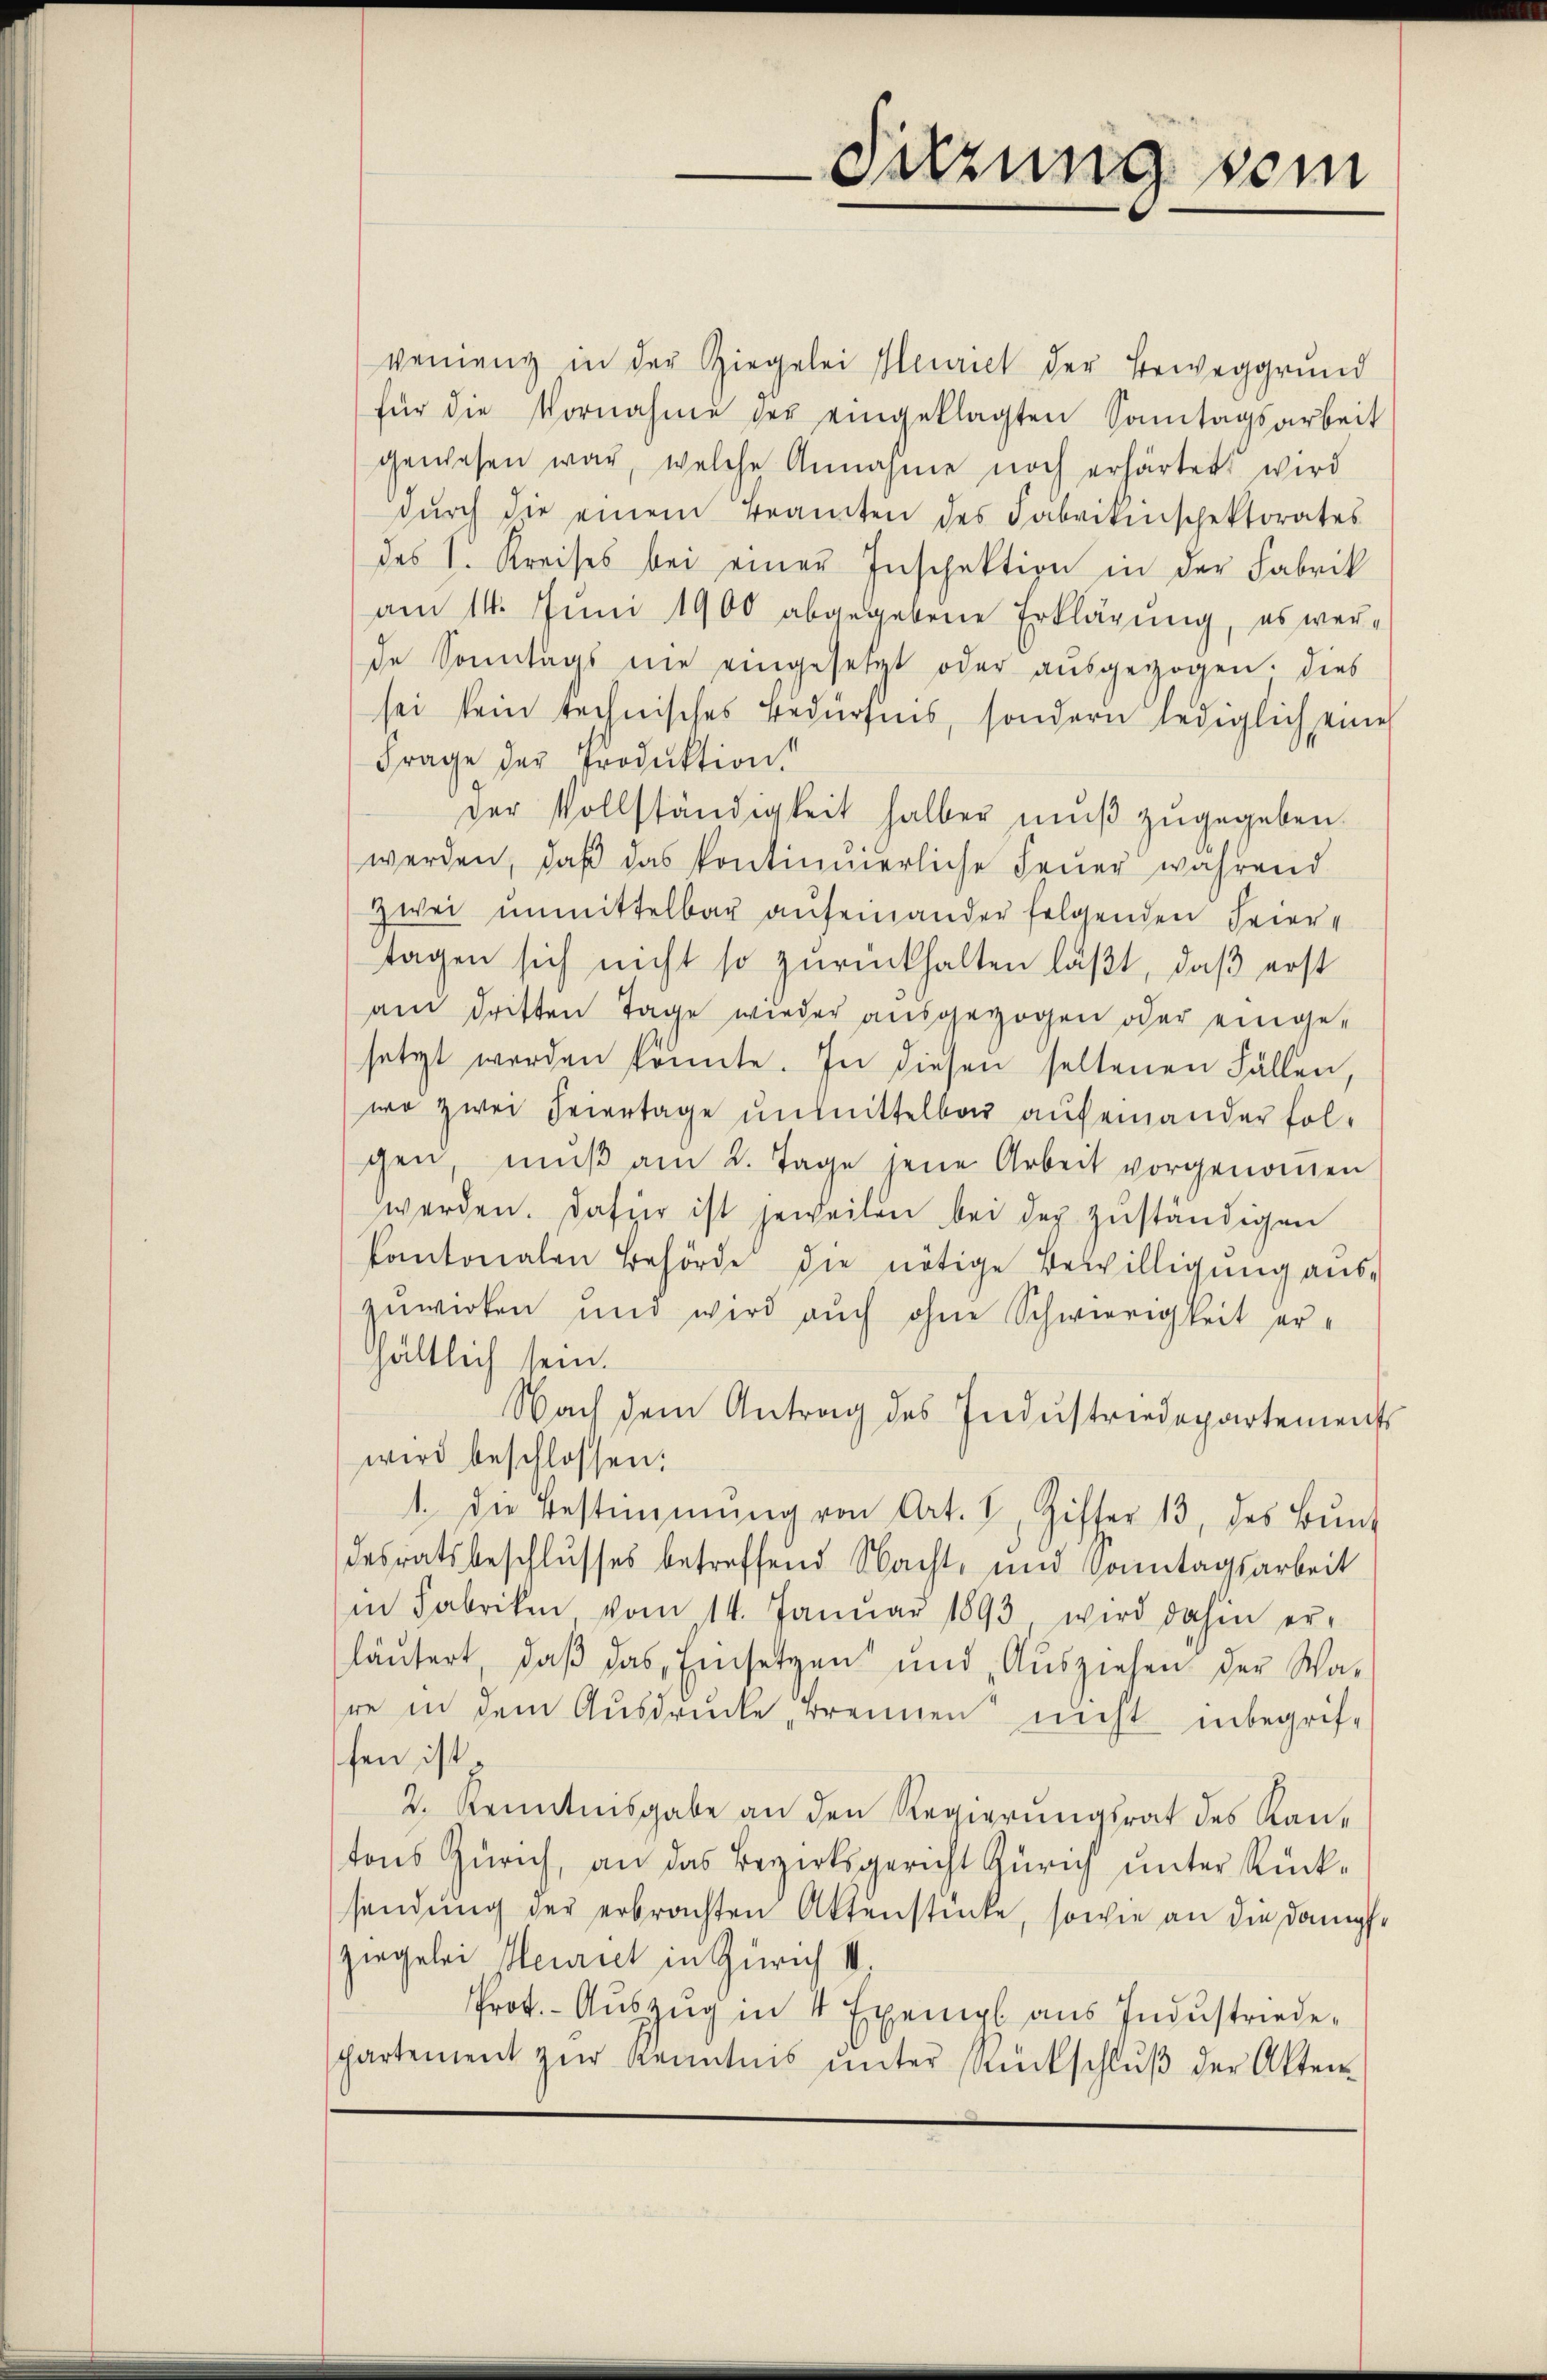
vennenz in der Ziegelei Meurich der Beweggrund
für die Vornahme der eingeklagten Sonntagsarbeit
gewesen war, welche Annahme noch erhärtet wird
dŭrch die einem Beamten des Fabrikinschektorates
des 1. Kreises bei einer Inspektion in der Fabrik
am 14. Juni 1900 abgegebene Erklärung, es werde Sonntags nie eingesetzt oder ausgezogen. Dies
sei kein technisches Bedürfnis, sondern lediglich eine
Frage der Produktion!
der Vollständigkeit halber mŭβ zŭgegeben.
werden, daß das kontinnerliche Feŭer während
Zwei unmittelbar aufeinander folgenden Feier-
tagen sich nicht so zŭrückhalten läßt, daβ erst
am dritten Tage wieder ausgezogen oder eingesetzt werden könnte. In diesen seltenen Fällen,
wo zwei Feiertage unmittelbar aufeinander folchen mŭβ am 2. Tage jene Arbeit vorgenommen
werden. Dafür ist jeweilen bei der zuständigen
kantonalen Behörde die nötige Bewilligŭng aus-
zuwirken und wird aŭch ohne Schwierigkeit er-
hältlich sein.
Nach dem Antrag des Industriedepartements
wird beschlossen:
1. die Bestimmung von Art. 1, Gifter 13, des Bŭnd
desratsbeschlusses betreffend Nacht, und Sonntagsarbeit
in Fabriken vom 14. Janŭar 1893 wird dahin er-
läŭtert, daβ das Einsetzen und Aŭsziehen der Wa-
re in dem Ausdrucke, Brennen nicht inbegriffen ist.
2. Kenntnisgabe an den Regierungsrat des Kan-
tons Zürich, an das Bezirksgericht Zürich unter Rück-
sendung der erbrachten Aktenstücke, sowie an die Dampfe
ziegelei Henriet in Zürich II.
Prot. - Auszug in 4 Exempl aus Industriedepartement zŭr Kenntnis ŭnter Bankschlŭβ der Akten-

Sitzung sein